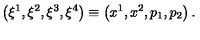
\left( \xi ^ { 1 } , \xi ^ { 2 } , \xi ^ { 3 } , \xi ^ { 4 } \right) \equiv \left( x ^ { 1 } , x ^ { 2 } , p _ { 1 } , p _ { 2 } \right) .